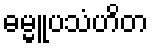
ဓမ္မူပသံဟိတ